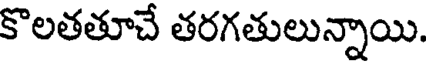
కొలతతూచే తరగతులున్నాయి.